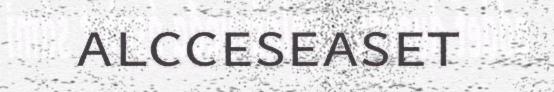
alcceseaset